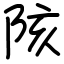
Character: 陔